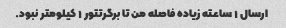
ارسال ۱ ساعته زیاده فاصله من تا برگرتتور ۱ کیلومتر نبود.